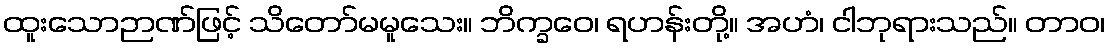
ထူးသောဉာဏ်ဖြင့် သိတော်မမူသေး။ ဘိက္ခဝေ၊ ရဟန်းတို့။ အဟံ၊ ငါဘုရားသည်။ တာဝ၊